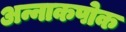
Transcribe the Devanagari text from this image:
अन्नाकपोक